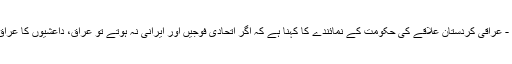
الوقت - عراقی کردستان علاقے کی حکومت کے نمائندے کا کہنا ہے کہ اگر اتحادی فوجیں اور ایرانی نہ ہوتے تو عراق، داعشیوں کا عراق ہوتا۔